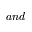
a n d